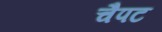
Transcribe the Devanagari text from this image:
चैपट